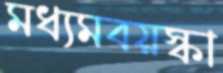
মধ্যমবয়স্কা